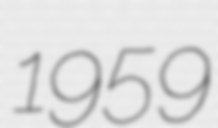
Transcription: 1959